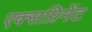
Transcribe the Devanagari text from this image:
एक्सप्रिमेंट